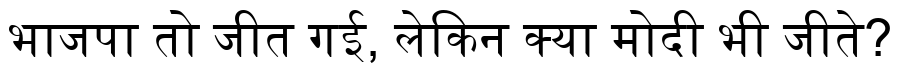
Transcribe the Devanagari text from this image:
भाजपा तो जीत गई, लेकिन क्या मोदी भी जीते?